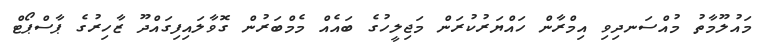
މައުލޫމާތު މުއްސަނދިވި އިމްރާން ހައްޔަރުކުރަން މަޖިލީހުގެ ބައެއް މެމްބަރުން ގޮވާލައިފިގައްދޫ ޒާހިރުގެ ޕާސްޕޯޓް